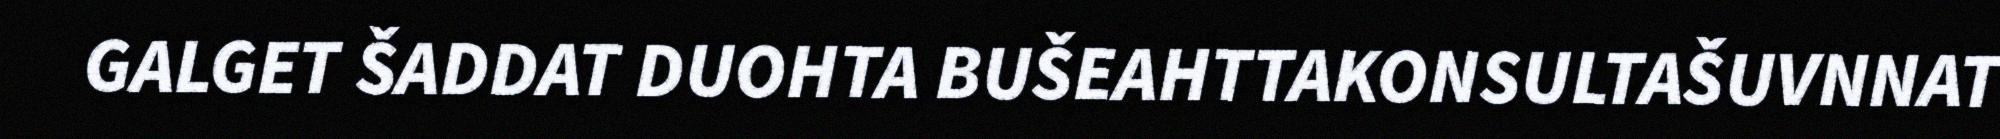
GALGET ŠADDAT DUOHTA BUŠEAHTTAKONSULTAŠUVNNAT